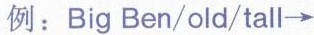
例:Big Ben/old/tall \rightarrow